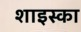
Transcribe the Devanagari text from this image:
शाइस्का